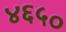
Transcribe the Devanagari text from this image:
४६५०